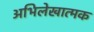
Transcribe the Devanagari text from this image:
अभिलेखात्मक